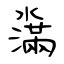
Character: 濷